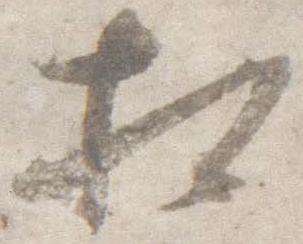
相